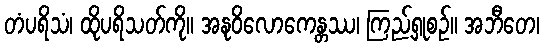
တံပရိသံ၊ ထိုပရိသတ်ကို။ အနုဝိလောကေန္တဿ၊ ကြည့်ရှုစဉ်။ အဘီတေ၊